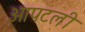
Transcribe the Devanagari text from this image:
आपटली